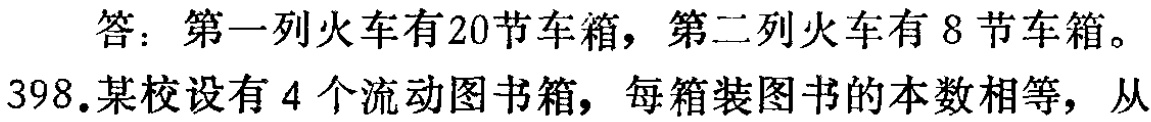
答：第一列火车有20节车箱，第二列火车有 8 节车箱。

398.某校设有 4 个流动图书箱，每箱装图书的本数相等，从